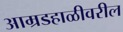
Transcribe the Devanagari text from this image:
आम्रडहाळीवरील